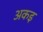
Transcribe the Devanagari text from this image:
अकइ